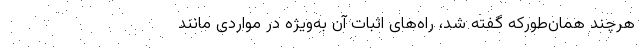
هرچند همان‌طورکه گفته شد، راه‌های اثبات آن به‌ویژه در مواردی مانند